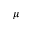
\mu